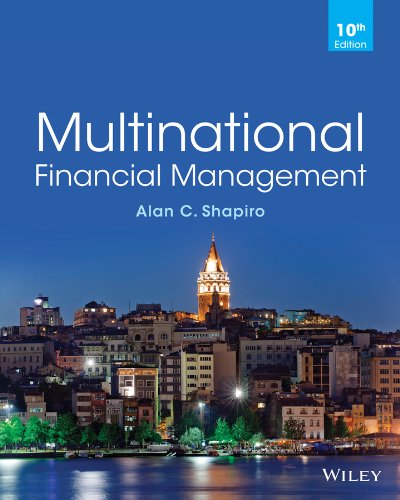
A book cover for Multinational Financial Management; Alan C. Shapiro; Business & Money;